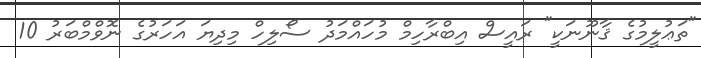
"ތަޢުލީމުގެ ޤާނޫނަކީ" ރައީސް އިބްރާހިމް މުހައްމަދު ސޯލިހް މިދިޔަ އަހަރުގެ ނޮވްމްބަރު 10